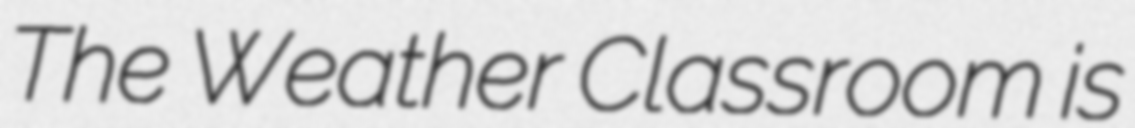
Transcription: The Weather Classroom is